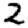
Digit: 2